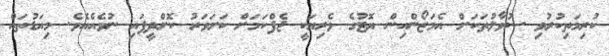
ކުރިމަތިކުރުވި ސުވާލުތަކަށް އެމަޒޯންއިން ޔޮޓުގެ ވެރިޔަކީ ޖެފްކަމަށް ކަށަވަރު ކޮށްްދީފައި ނުވެއެއެވެ. މިއަޑުތައް